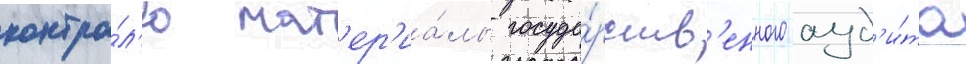
контро́л'ю мат'ер'иа́лы госуда́рств'енного ауд'и́та